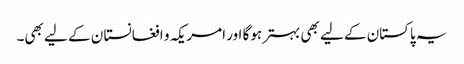
یہ پاکستان کے لیے بھی بہترہوگا اور امریکہ و افغانستا ن کے لیے بھی۔